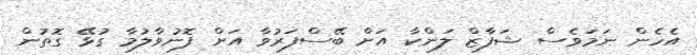
އެހެން ނަމަވެސް ޝަފާޒް ލަންކާ އަށް ބޭސްފަރުވާ އަށް ފޮނުވާލުމާ ގުޅޭ ގޮތުން